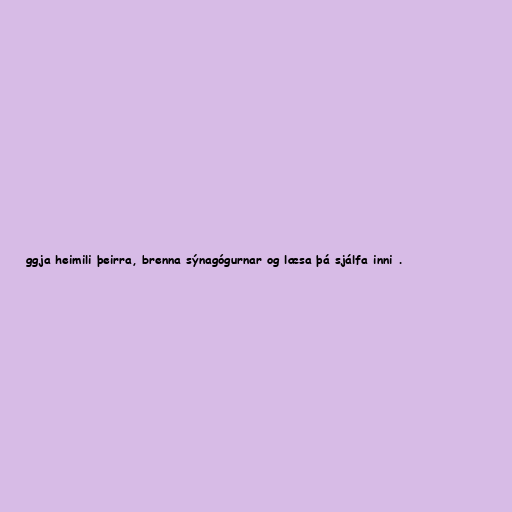
ggja heimili þeirra, brenna sýnagógurnar og læsa þá sjálfa inni .